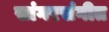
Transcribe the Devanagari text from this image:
सांगरसंगीत